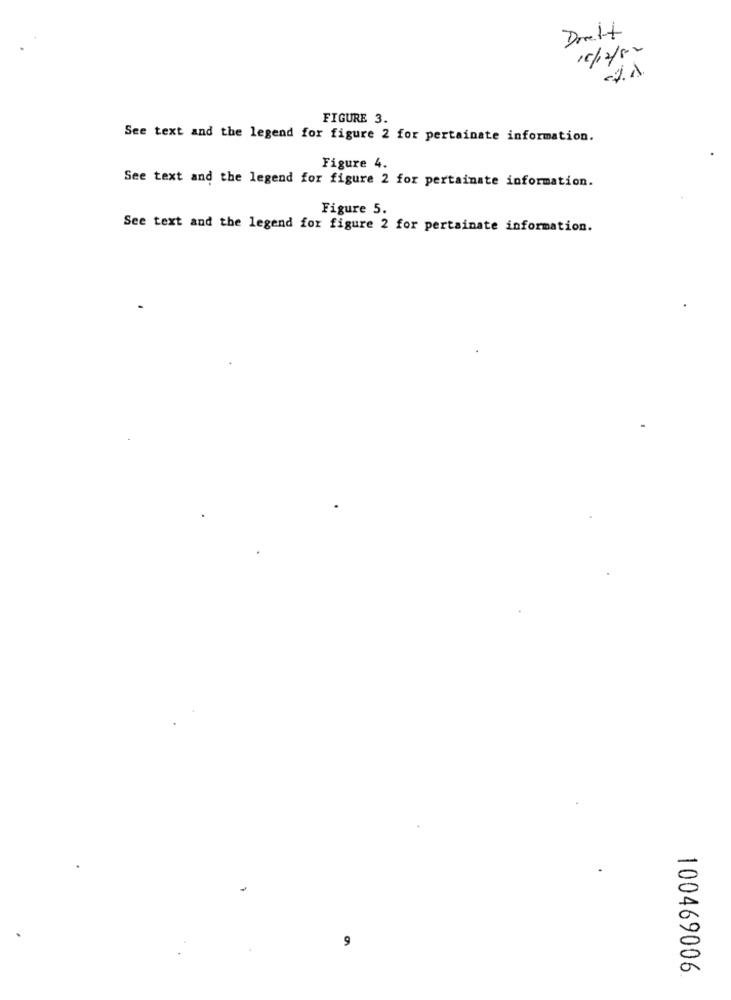
Drett
1/12/50
FIGURE 3.
See text and the legend for figure 2 for pertainate information.
Figure 4.
See text and the legend for figure 2 for pertainate information.
Figure 5.
See text and the legend for figure 2 for pertainate information.
9
100469006